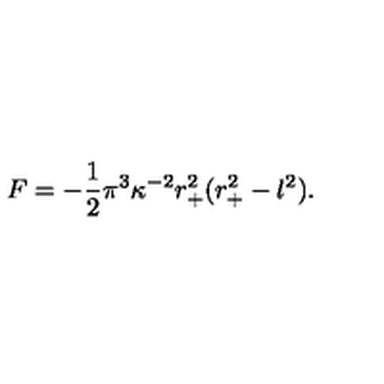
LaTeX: F = - \frac { 1 } { 2 } \pi ^ { 3 } \kappa ^ { - 2 } r _ { + } ^ { 2 } ( r _ { + } ^ { 2 } - l ^ { 2 } ) .